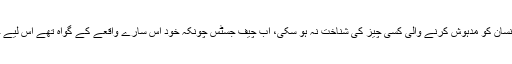
خون کے جو نمونے ٹیسٹ کے لیے بھیجے گئے تھے، اس میں بھی انسان کو مدہوش کرنے والی کسی چیز کی شناخت نہ ہو سکی، اب چیف جسٹس چونکہ خود اس سارے واقعے کے گواہ تھے اس لیے حیران ہی رہ گئے کہ آخر یہ شہد کی نہریں کہاں سے پھوٹ رہی ہیں؟